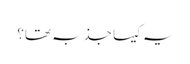
یہ کیسا جذبہ تھا؟